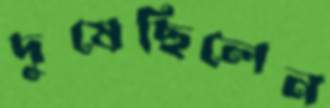
দুষেছিলেন